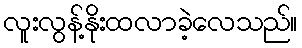
လူးလွန့်နိုးထလာခဲ့လေသည်။